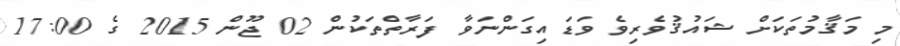
މި މަޤާމުތަކަށް ޝައުޤުވެރިވެ ވަޑައިގަންނަވާ ފަރާތްތަކުން 02 ޖޫން 2015 ގެ 17:00